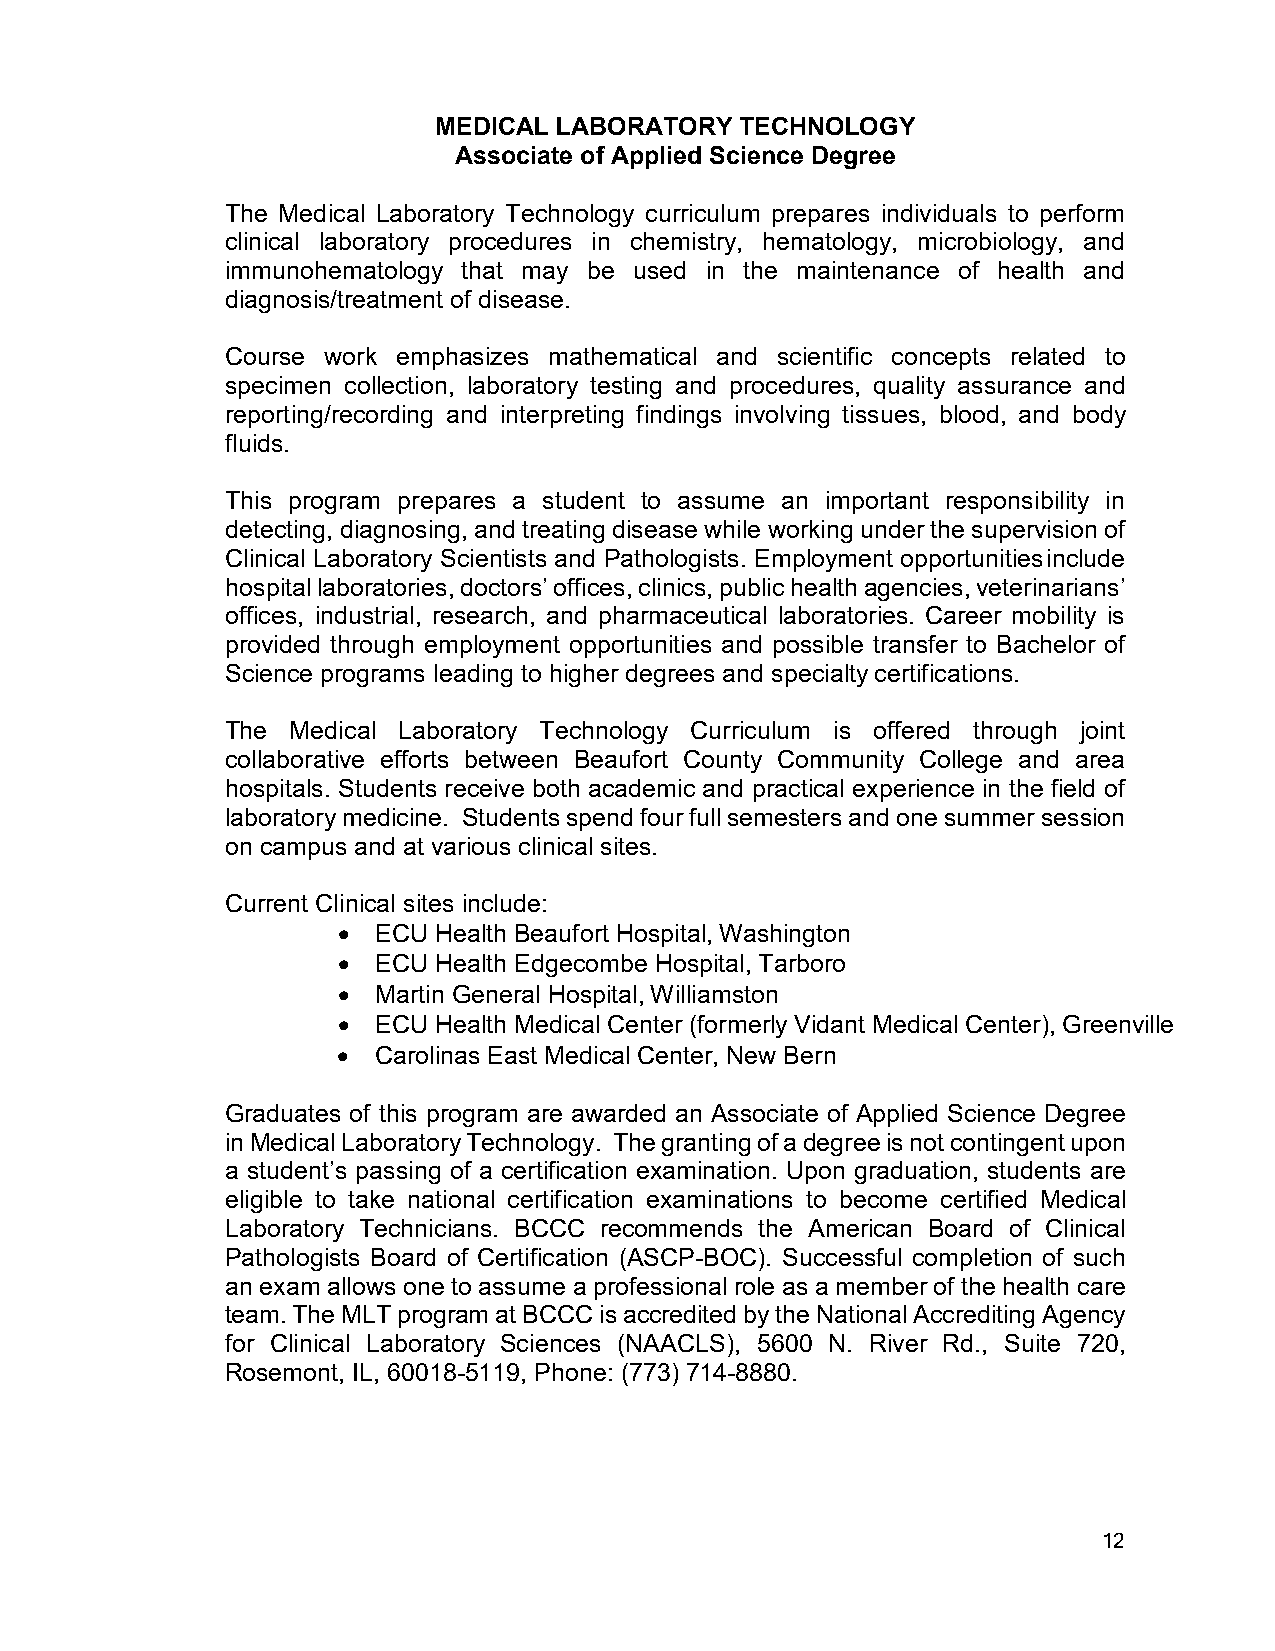
MEDICAL LABORATORY  TECHNOLOGY
 Associate of Applied Science Degree
 The Medical Laboratory Technology curriculum prepares individuals to perform
 clinical laboratory procedures in chemistry, hematology, microbiology, and
 immunohematology that may be used in the maintenance of health and
 diagnosis/treatment of disease.
 Course work emphasizes mathematical and scientific concepts related to
 specimen collection, laboratory testing and procedures, quality assurance and
 reporting/recording and interpreting findings involving tissues, blood, and body
 fluids.
 This program prepares a student to assume an important responsibility in
 detecting, diagnosing, and treating disease while working under the supervision of
 Clinical Laboratory Scientists and Pathologists. Employment opportunities include
 hospital laboratories, doctors’ offices, clinics, public health agencies, veterinarians’
 offices, industrial, research, and pharmaceutical laboratories. Career mobility is
 provided through employment opportunities and possible transfer to Bachelor of
 Science programs leading to higher degrees and specialty certifications.
 The Medical Laboratory Technology Curriculum is offered through joint
 collaborative efforts between Beaufort County Community College and area
 hospitals. Students receive both academic and practical experience in the field of
 laboratory medicine. Students spend four full semesters and one summer session
 on campus and at various clinical sites.
 Current Clinical sites include:
 •  ECU Health Beaufort Hospital, Washington
 •  ECU Health Edgecombe Hospital, Tarboro
 •  Martin General Hospital, Williamston
 •  ECU Health Medical Center (formerly Vidant Medical Center), Greenville
 •  Carolinas East Medical Center, New Bern
 Graduates of this program are awarded an Associate of Applied Science Degree
 in Medical Laboratory Technology. The granting of a degree is not contingent upon
 a student’s passing of a certification examination. Upon graduation, students are
 eligible to take national certification examinations to become certified Medical
 Laboratory Technicians. BCCC recommends the American Board of Clinical
 Pathologists Board of Certification (ASCP-BOC). Successful completion of such
 an exam allows one to assume a professional role as a member of the health care
 team. The MLT program at BCCC is accredited by the National Accrediting Agency
 for Clinical Laboratory Sciences (NAACLS), 5600 N. River Rd., Suite 720,
 Rosemont, IL, 60018-5119, Phone: (773) 714-8880.
 12